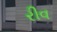
રીવ